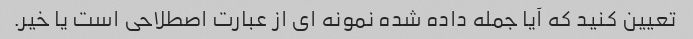
تعیین کنید که آیا جمله داده شده نمونه ای از عبارت اصطلاحی است یا خیر.